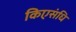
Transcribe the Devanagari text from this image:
किएसंधि